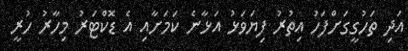
އަދި ތަހުގީގަށްފަހު އިތުރު ފިޔަވަޅު އަޅާނެ ކަމަށާއި އެ ޑޮކްޓަރު މިހާރު ހުރީ